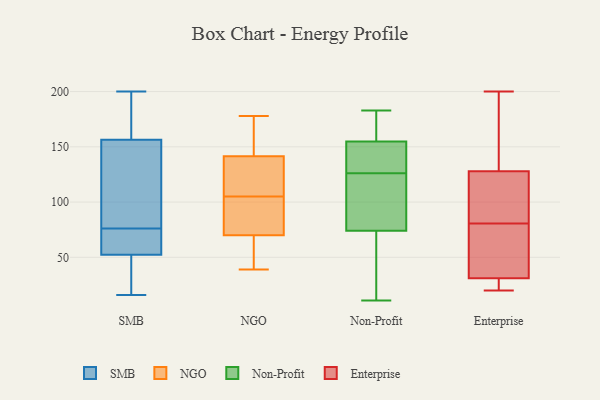
{"axis": {"x": "Gross Profit (USD K)", "y": "Value"}, "legend": ["Enterprise", "NGO", "Non-Profit", "SMB"], "data": [{"x": "", "y": 74, "type": "SMB"}, {"x": "", "y": 191, "type": "SMB"}, {"x": "", "y": 25, "type": "SMB"}, {"x": "", "y": 200, "type": "SMB"}, {"x": "", "y": 195, "type": "SMB"}, {"x": "", "y": 53, "type": "SMB"}, {"x": "", "y": 173, "type": "SMB"}, {"x": "", "y": 76, "type": "SMB"}, {"x": "", "y": 16, "type": "SMB"}, {"x": "", "y": 87, "type": "SMB"}, {"x": "", "y": 66, "type": "SMB"}, {"x": "", "y": 30, "type": "SMB"}, {"x": "", "y": 52, "type": "SMB"}, {"x": "", "y": 92, "type": "SMB"}, {"x": "", "y": 107, "type": "SMB"}, {"x": "", "y": 163, "type": "NGO"}, {"x": "", "y": 123, "type": "NGO"}, {"x": "", "y": 146, "type": "NGO"}, {"x": "", "y": 105, "type": "NGO"}, {"x": "", "y": 44, "type": "NGO"}, {"x": "", "y": 71, "type": "NGO"}, {"x": "", "y": 178, "type": "NGO"}, {"x": "", "y": 86, "type": "NGO"}, {"x": "", "y": 140, "type": "NGO"}, {"x": "", "y": 127, "type": "NGO"}, {"x": "", "y": 84, "type": "NGO"}, {"x": "", "y": 67, "type": "NGO"}, {"x": "", "y": 90, "type": "NGO"}, {"x": "", "y": 39, "type": "NGO"}, {"x": "", "y": 147, "type": "NGO"}, {"x": "", "y": 128, "type": "NGO"}, {"x": "", "y": 61, "type": "NGO"}, {"x": "", "y": 101, "type": "Non-Profit"}, {"x": "", "y": 157, "type": "Non-Profit"}, {"x": "", "y": 148, "type": "Non-Profit"}, {"x": "", "y": 30, "type": "Non-Profit"}, {"x": "", "y": 135, "type": "Non-Profit"}, {"x": "", "y": 11, "type": "Non-Profit"}, {"x": "", "y": 169, "type": "Non-Profit"}, {"x": "", "y": 114, "type": "Non-Profit"}, {"x": "", "y": 183, "type": "Non-Profit"}, {"x": "", "y": 100, "type": "Non-Profit"}, {"x": "", "y": 95, "type": "Non-Profit"}, {"x": "", "y": 170, "type": "Non-Profit"}, {"x": "", "y": 130, "type": "Non-Profit"}, {"x": "", "y": 175, "type": "Non-Profit"}, {"x": "", "y": 48, "type": "Non-Profit"}, {"x": "", "y": 140, "type": "Non-Profit"}, {"x": "", "y": 67, "type": "Non-Profit"}, {"x": "", "y": 126, "type": "Non-Profit"}, {"x": "", "y": 60, "type": "Non-Profit"}, {"x": "", "y": 200, "type": "Enterprise"}, {"x": "", "y": 126, "type": "Enterprise"}, {"x": "", "y": 83, "type": "Enterprise"}, {"x": "", "y": 141, "type": "Enterprise"}, {"x": "", "y": 21, "type": "Enterprise"}, {"x": "", "y": 31, "type": "Enterprise"}, {"x": "", "y": 20, "type": "Enterprise"}, {"x": "", "y": 21, "type": "Enterprise"}, {"x": "", "y": 78, "type": "Enterprise"}, {"x": "", "y": 114, "type": "Enterprise"}, {"x": "", "y": 131, "type": "Enterprise"}, {"x": "", "y": 55, "type": "Enterprise"}, {"x": "", "y": 128, "type": "Enterprise"}, {"x": "", "y": 69, "type": "Enterprise"}]}